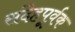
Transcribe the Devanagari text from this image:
संदेहपूर्वक